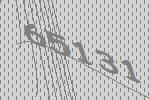
65131